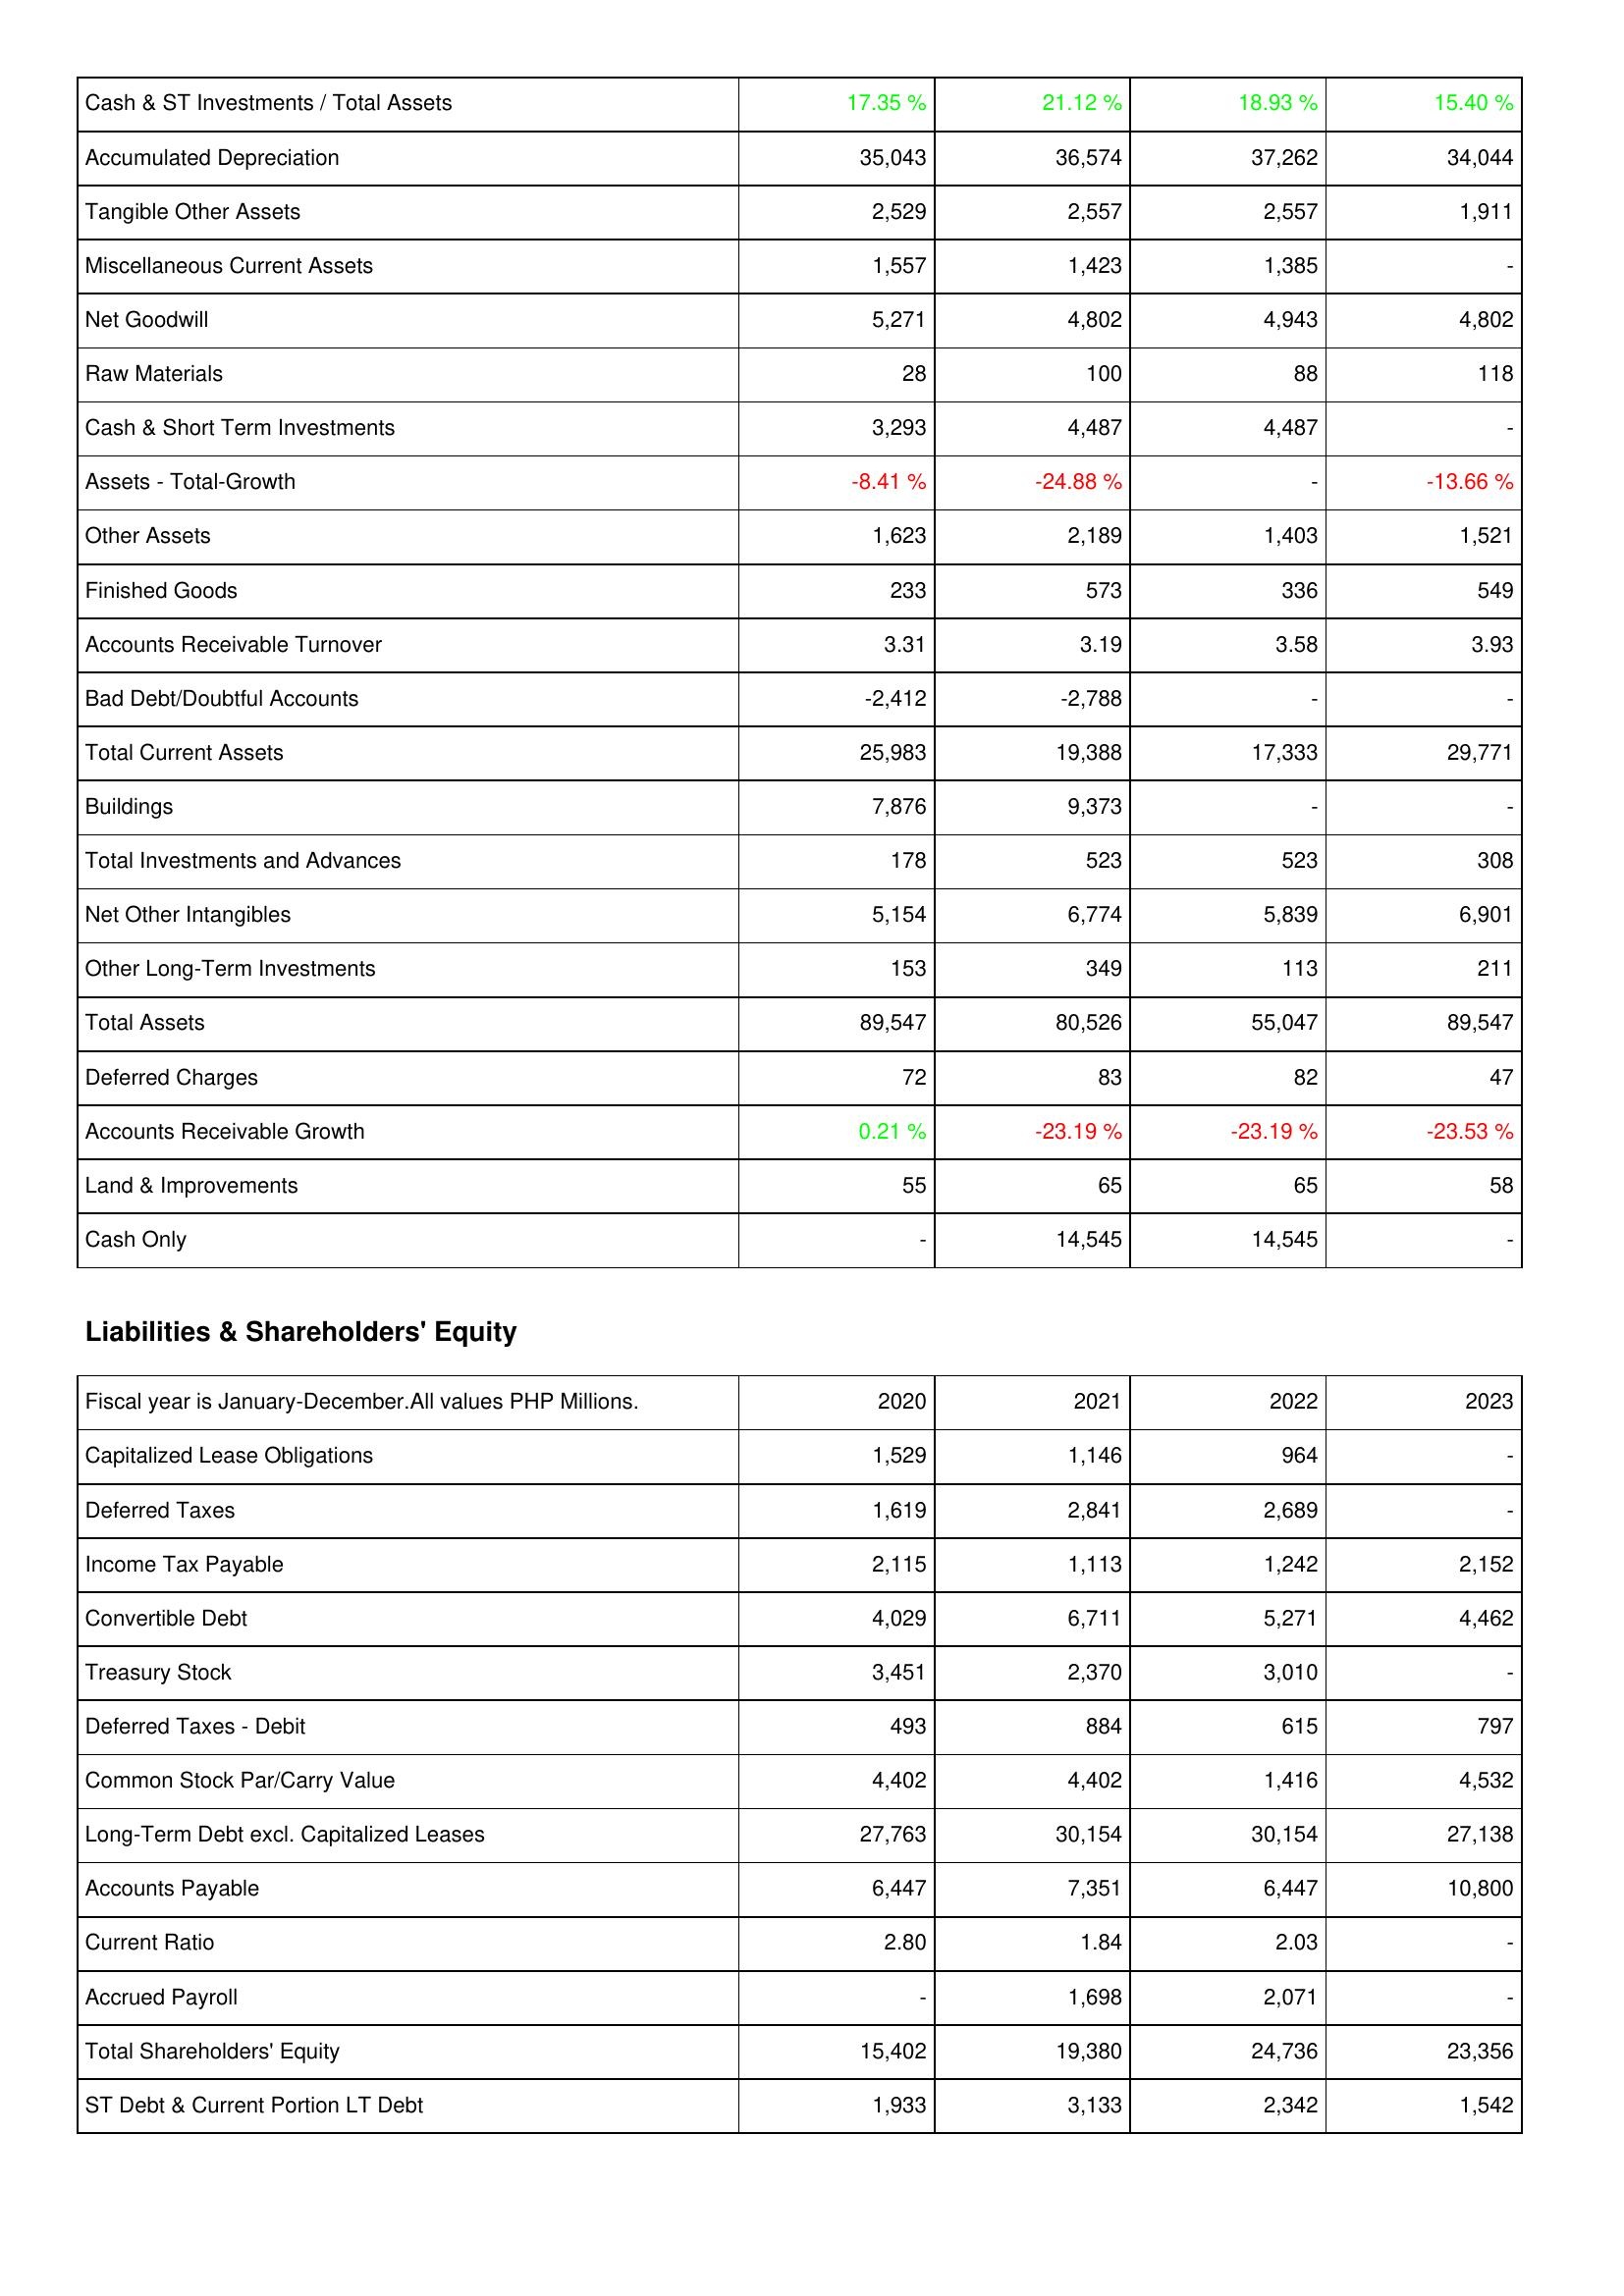
2020: Assets: Cash & ST Investments / Total Assets: 17.35 %
Accumulated Depreciation: 35,043
Tangible Other Assets: 2,529
Miscellaneous Current Assets: 1,557
Net Goodwill: 5,271
Raw Materials: 28
Cash & Short Term Investments: 3,293
Assets - Total-Growth: -8.41 %
Other Assets: 1,623
Finished Goods: 233
Accounts Receivable Turnover: 3.31
Bad Debt/Doubtful Accounts: -2,412
Total Current Assets: 25,983
Buildings: 7,876
Total Investments and Advances: 178
Net Other Intangibles: 5,154
Other Long-Term Investments: 153
Total Assets: 89,547
Deferred Charges: 72
Accounts Receivable Growth: 0.21 %
Land & Improvements: 55
Cash Only: -
Liabilities & Shareholders' Equity: Capitalized Lease Obligations: 1,529
Deferred Taxes: 1,619
Income Tax Payable: 2,115
Convertible Debt: 4,029
Treasury Stock: 3,451
Deferred Taxes - Debit: 493
Common Stock Par/Carry Value: 4,402
Long-Term Debt excl. Capitalized Leases: 27,763
Accounts Payable: 6,447
Current Ratio: 2.80
Accrued Payroll: -
Total Shareholders' Equity: 15,402
ST Debt & Current Portion LT Debt: 1,933
2021: Assets: Cash & ST Investments / Total Assets: 21.12 %
Accumulated Depreciation: 36,574
Tangible Other Assets: 2,557
Miscellaneous Current Assets: 1,423
Net Goodwill: 4,802
Raw Materials: 100
Cash & Short Term Investments: 4,487
Assets - Total-Growth: -24.88 %
Other Assets: 2,189
Finished Goods: 573
Accounts Receivable Turnover: 3.19
Bad Debt/Doubtful Accounts: -2,788
Total Current Assets: 19,388
Buildings: 9,373
Total Investments and Advances: 523
Net Other Intangibles: 6,774
Other Long-Term Investments: 349
Total Assets: 80,526
Deferred Charges: 83
Accounts Receivable Growth: -23.19 %
Land & Improvements: 65
Cash Only: 14,545
Liabilities & Shareholders' Equity: Capitalized Lease Obligations: 1,146
Deferred Taxes: 2,841
Income Tax Payable: 1,113
Convertible Debt: 6,711
Treasury Stock: 2,370
Deferred Taxes - Debit: 884
Common Stock Par/Carry Value: 4,402
Long-Term Debt excl. Capitalized Leases: 30,154
Accounts Payable: 7,351
Current Ratio: 1.84
Accrued Payroll: 1,698
Total Shareholders' Equity: 19,380
ST Debt & Current Portion LT Debt: 3,133
2022: Assets: Cash & ST Investments / Total Assets: 18.93 %
Accumulated Depreciation: 37,262
Tangible Other Assets: 2,557
Miscellaneous Current Assets: 1,385
Net Goodwill: 4,943
Raw Materials: 88
Cash & Short Term Investments: 4,487
Assets - Total-Growth: -
Other Assets: 1,403
Finished Goods: 336
Accounts Receivable Turnover: 3.58
Bad Debt/Doubtful Accounts: -
Total Current Assets: 17,333
Buildings: -
Total Investments and Advances: 523
Net Other Intangibles: 5,839
Other Long-Term Investments: 113
Total Assets: 55,047
Deferred Charges: 82
Accounts Receivable Growth: -23.19 %
Land & Improvements: 65
Cash Only: 14,545
Liabilities & Shareholders' Equity: Capitalized Lease Obligations: 964
Deferred Taxes: 2,689
Income Tax Payable: 1,242
Convertible Debt: 5,271
Treasury Stock: 3,010
Deferred Taxes - Debit: 615
Common Stock Par/Carry Value: 1,416
Long-Term Debt excl. Capitalized Leases: 30,154
Accounts Payable: 6,447
Current Ratio: 2.03
Accrued Payroll: 2,071
Total Shareholders' Equity: 24,736
ST Debt & Current Portion LT Debt: 2,342
2023: Assets: Cash & ST Investments / Total Assets: 15.40 %
Accumulated Depreciation: 34,044
Tangible Other Assets: 1,911
Miscellaneous Current Assets: -
Net Goodwill: 4,802
Raw Materials: 118
Cash & Short Term Investments: -
Assets - Total-Growth: -13.66 %
Other Assets: 1,521
Finished Goods: 549
Accounts Receivable Turnover: 3.93
Bad Debt/Doubtful Accounts: -
Total Current Assets: 29,771
Buildings: -
Total Investments and Advances: 308
Net Other Intangibles: 6,901
Other Long-Term Investments: 211
Total Assets: 89,547
Deferred Charges: 47
Accounts Receivable Growth: -23.53 %
Land & Improvements: 58
Cash Only: -
Liabilities & Shareholders' Equity: Capitalized Lease Obligations: -
Deferred Taxes: -
Income Tax Payable: 2,152
Convertible Debt: 4,462
Treasury Stock: -
Deferred Taxes - Debit: 797
Common Stock Par/Carry Value: 4,532
Long-Term Debt excl. Capitalized Leases: 27,138
Accounts Payable: 10,800
Current Ratio: -
Accrued Payroll: -
Total Shareholders' Equity: 23,356
ST Debt & Current Portion LT Debt: 1,542